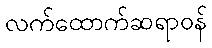
လက်ထောက်ဆရာဝန်